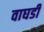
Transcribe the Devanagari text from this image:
वाघडी